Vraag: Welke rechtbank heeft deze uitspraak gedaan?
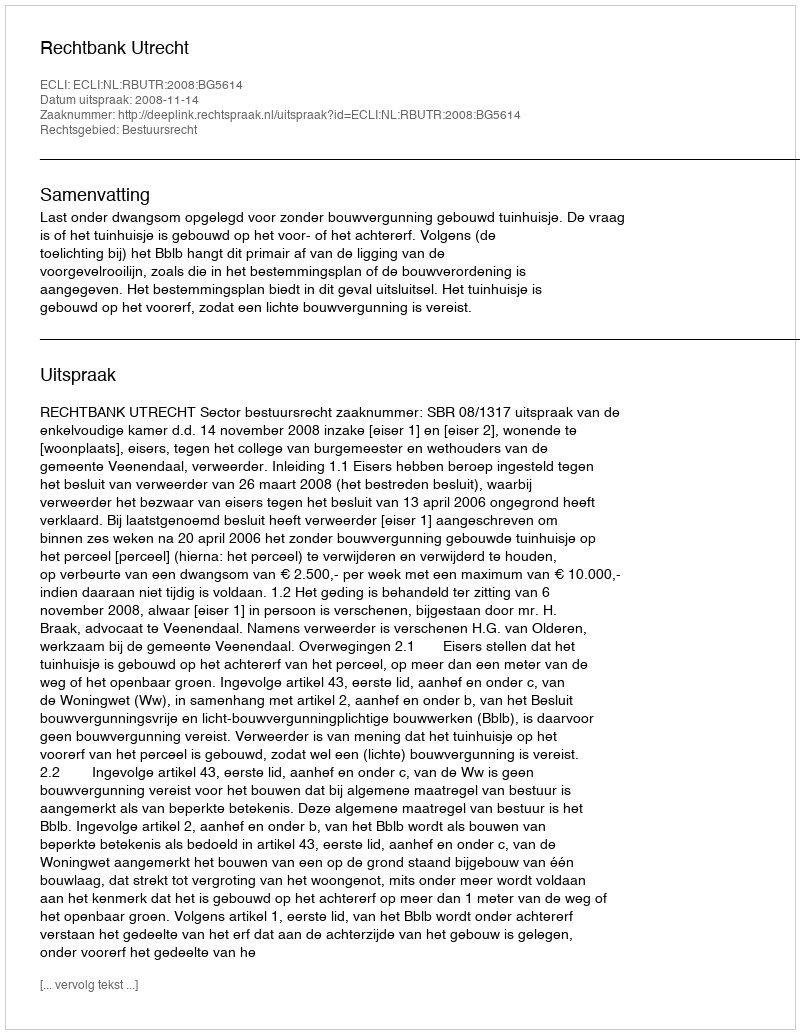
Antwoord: Rechtbank Utrecht